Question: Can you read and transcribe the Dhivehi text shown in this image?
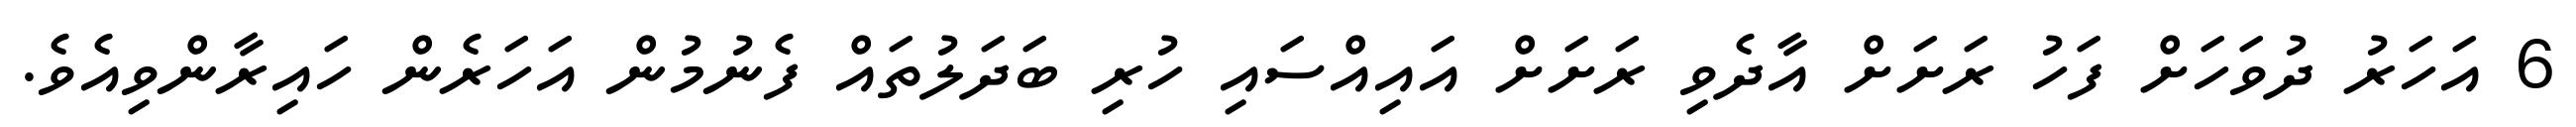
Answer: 6 އަހަރު ދުވަހަށް ފަހު ރަށަށް އާދެވި ރަށަށް އައިއްސައި ހުރި ބަދަލުތައް ފެނުމުން އަހަރެން ހައިރާންވިއެވެ.